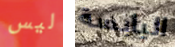
ليس اليابسة